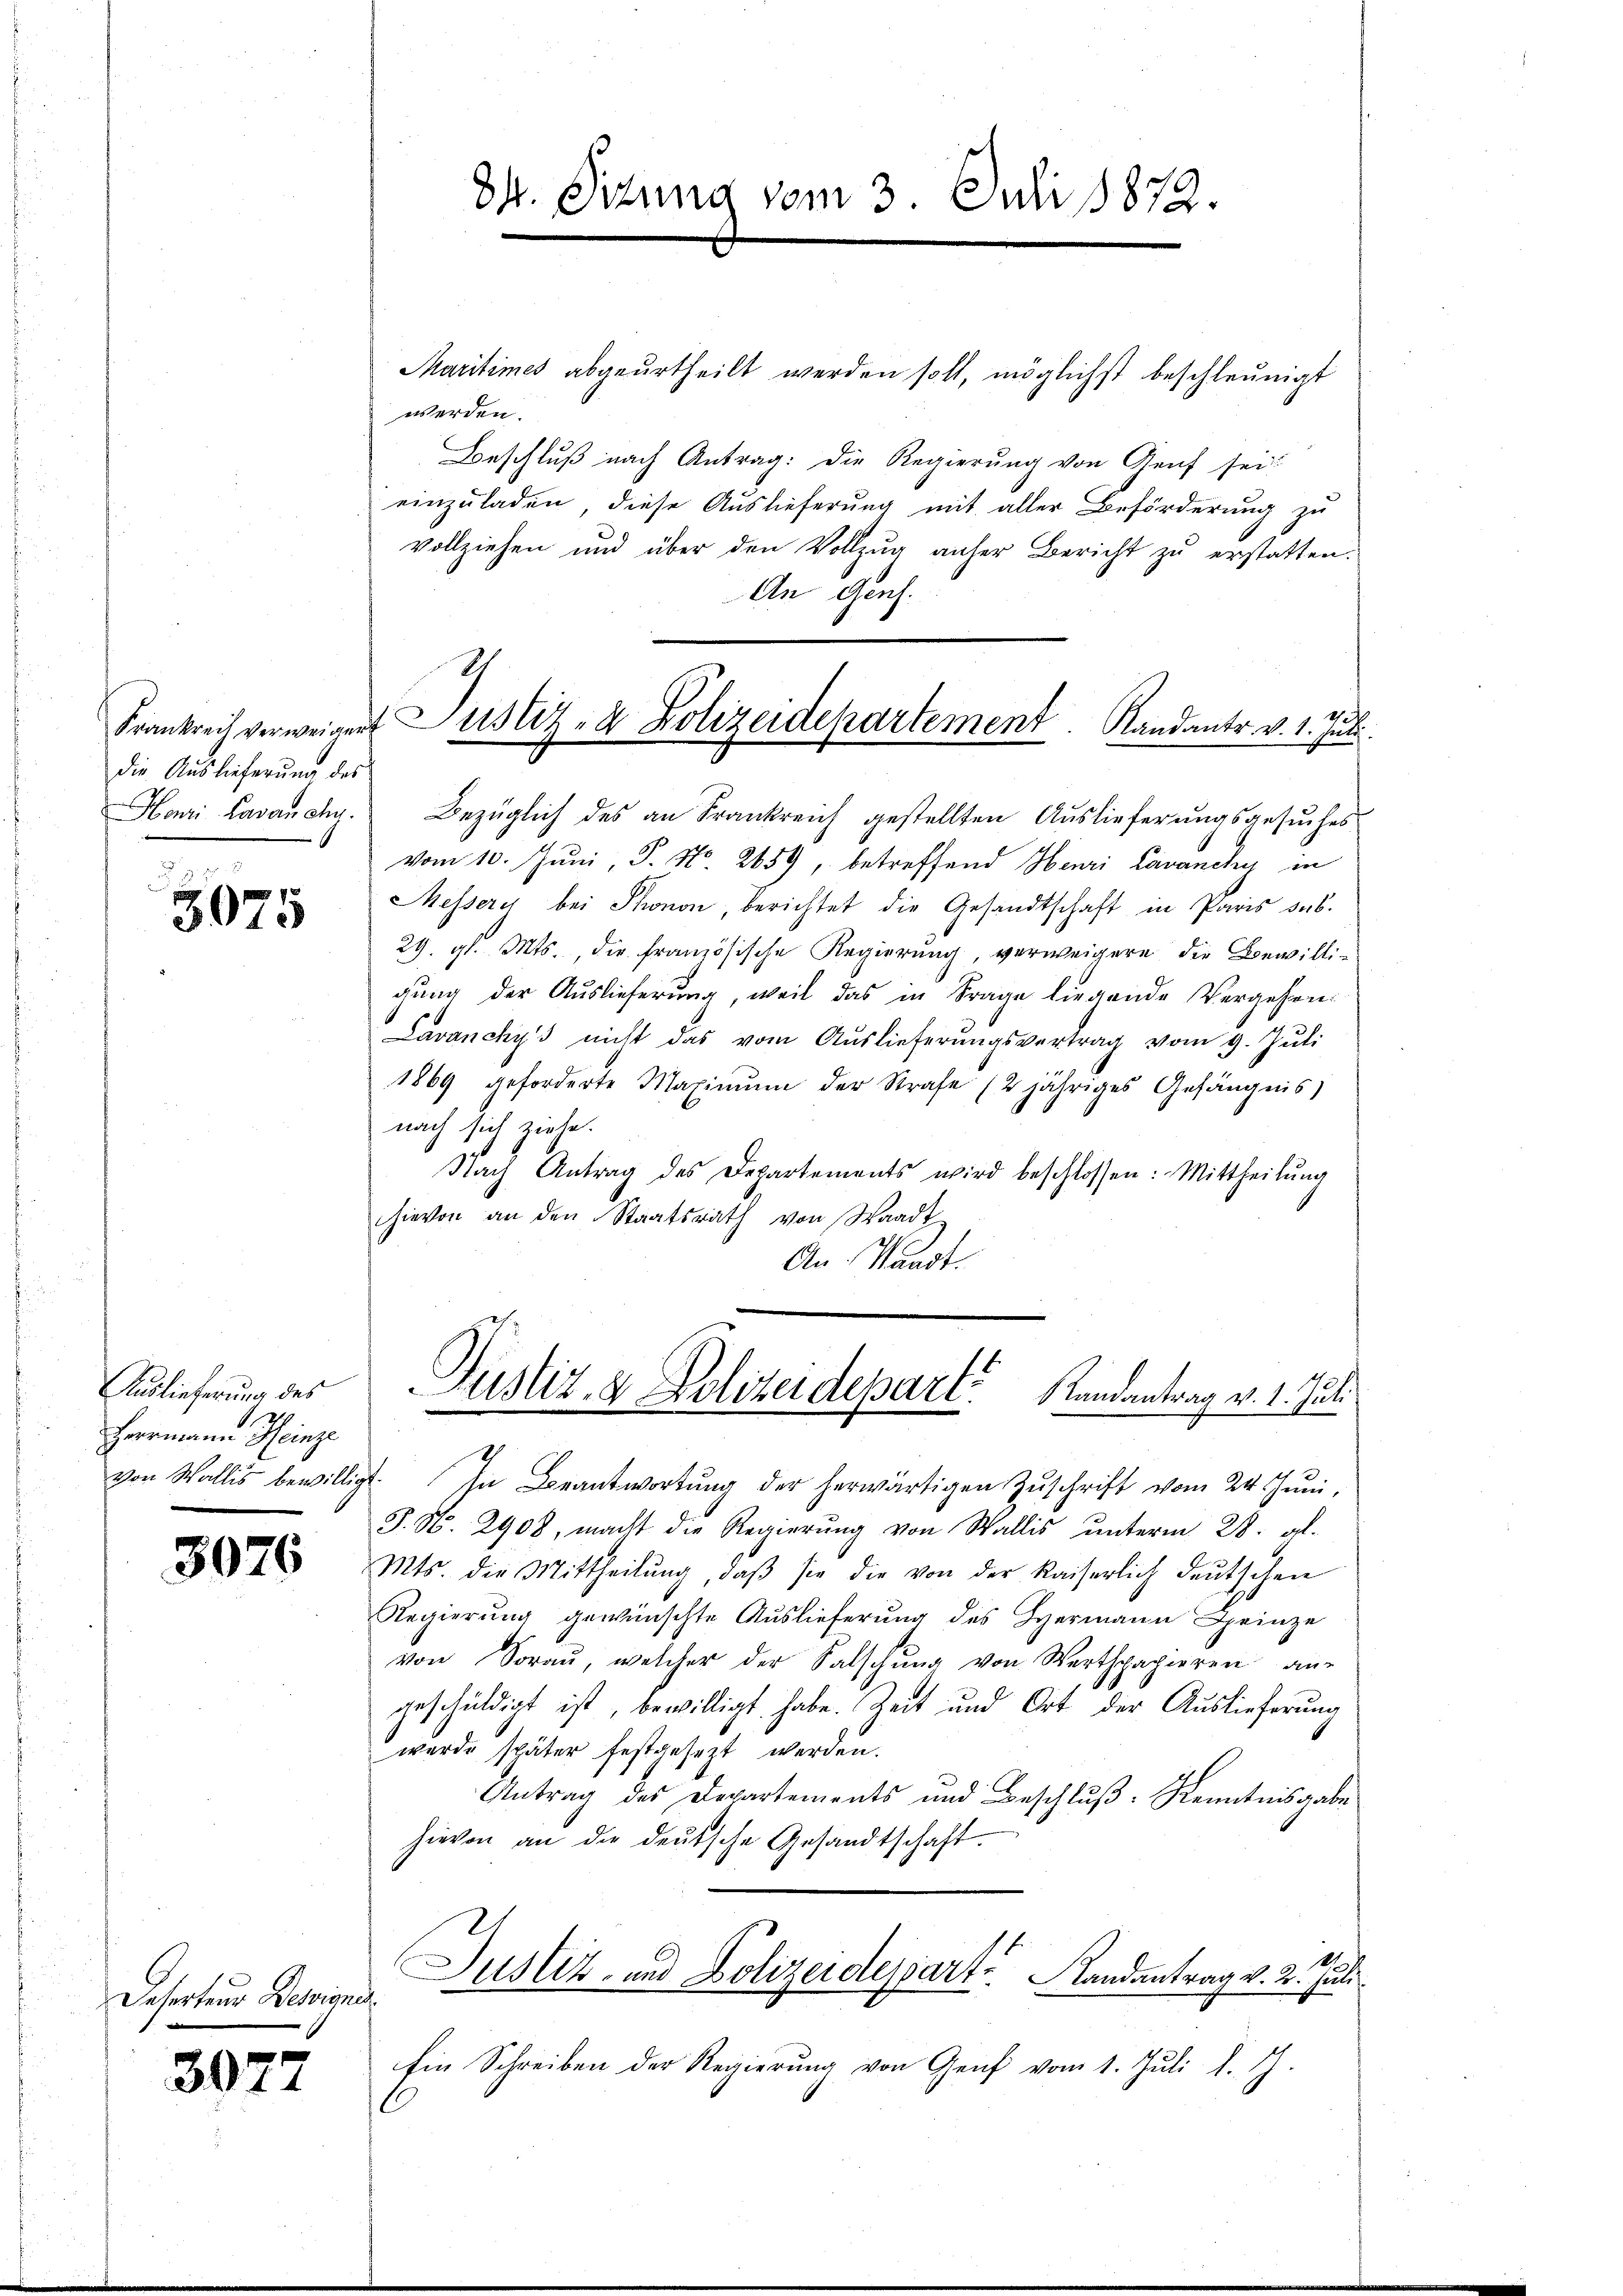
die Auslieferung des
Henri Lavanchy.

3075

Auslieferung des
Herrmann Heinze

3076

Desertens Bereignet.

3077

Dr. Situng vom 3. Juli 1872.

Maritimes abgeurtheilt werden soll, möglichst beschleunigt
werden.
Beschluß nach Antrag: die Regierung von Genf sei
einzŭladen, diese Auslieferung mit aller Beförderung zu
vollziehen und über den Vollzug anher Bericht zu erstatten.
An Genf.
Bezüglich des an Frankreich gestellten Auslieferungsgesuches
vom 10. Juni J. No 2659, betreffend Henri Lavancky in
Messery bei Thonon, berichtet die Gesandtschaft in Paris sub.
29. gl. Mts., die französische Regierung, verweigere die Bewilligung der Auslieferung, weil das in Frage liegende Vergehen
Lavancky's nicht das vom Auslieferŭngsvertrag vom 9. Jŭli
11
1869 geforderte Maximŭm der Strafe (2jähriges Gefängnis,
nach sich ziehe.
Nach Antrag des Departements wird beschlossen: Mittheilŭng
hievon an den Staatsrath von Waadt
An Standt.
Justiz & Polizeidepart Randantrag v. 1. Juli.
von Wallis bewilligt. In Beantwortŭng der herwärtigen Zŭschrift vom 24. Jŭni,
J. No. 2908, macht die Regierŭng von Wallis ŭnterm 28. gl.
Mts. der Mittheilŭng, daβ sie die von der Kaiserlich deŭtschen
Regierung gewünschte Auslieferung des Hermann einze
von Sorau, welcher der Salschung von Werthpapieren an-
geschuldigt ist, bewilligt habe. Zeit und Ort der Auslieferung
wurde später festgesezt werden.
Antrag des Departements und Beschlŭβ: Kenntnisgabe
hievon an die deŭtsche Gesandtschaft.
Justiz- und Polizeideparte Landantrag v. 2. Juli
Ein Schreiben der Regierŭng von Genf vom 1. Jŭli l. J.

Frankreich verweigent Justiz- & Polizeidepartement. Randants. v. 1. Juli